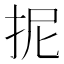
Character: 抳